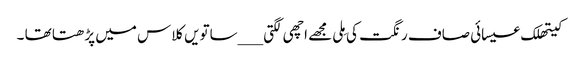
کیتھلک عیسائی صاف رنگت کی مِلی مجھے اچھی لگتی ___ساتویں کلاس میں پڑھتا تھا ۔